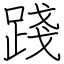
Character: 踐